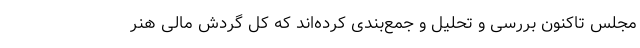
مجلس تاکنون بررسی و تحلیل و جمع‌بندی کرده‌اند که کل گردش مالی هنر